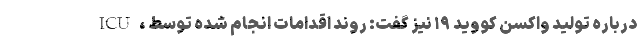
ICU، درباره تولید واکسن کووید ۱۹ نیز گفت: روند اقدامات انجام شده توسط